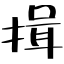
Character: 揖